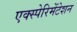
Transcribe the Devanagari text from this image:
एक्स्पेरिमेंटेशन